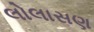
લોલાસણ